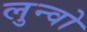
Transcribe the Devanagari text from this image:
लुन्वो